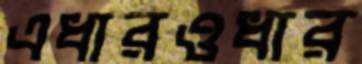
এধারওধার